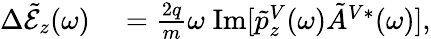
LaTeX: \begin{array}{rl}{\Delta\tilde{\mathcal{E}}_{z}(\omega)}&{{}=\frac{2q}{m}\omega\; \mathrm{Im}[\tilde{p}_{z}^{V}(\omega)\tilde{A}^{V*}(\omega)],}\end{array}